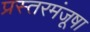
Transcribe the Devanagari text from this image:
प्रस्तरमंजूषा